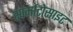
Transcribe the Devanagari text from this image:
स्पर्माटोसाइट